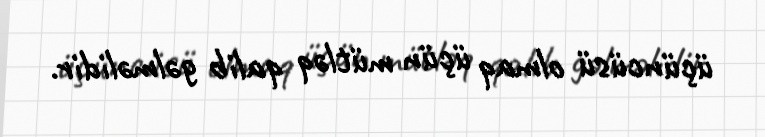
üçüncüsü olmaq üçün mütləq qalib gəlməlidir.